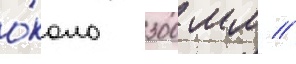
о́коло 300 мм //